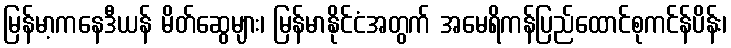
မြန်မာ့ကနေဒီယန် မိတ်ဆွေများ၊ မြန်မာနိုင်ငံအတွက် အမေရိကန်ပြည်ထောင်စုကင်န်ပိန်း၊